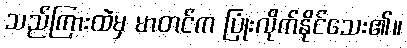
သည်ကြားထဲမှ မာတင်က ပြုံးလိုက်နိုင်သေး၏။